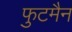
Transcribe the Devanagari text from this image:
फुटमैन